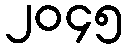
၂၀၄၅